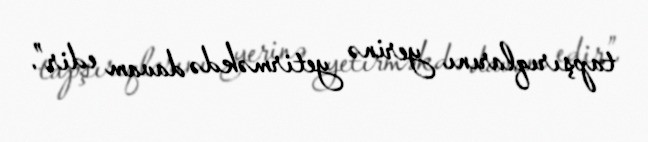
tapşırıqlarını yerinə yetirməkdə davam edir”.